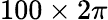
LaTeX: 100\times 2\pi